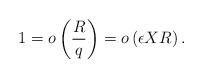
LaTeX: \begin{align*}1 = o\left(\frac{R}{q}\right) = o\left( \epsilon X R\right).\end{align*}